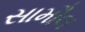
સામૌલ